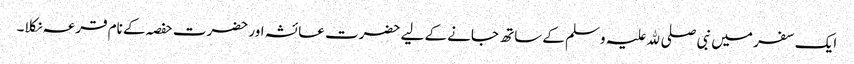
ایک سفر میں نبی صلی ﷲ علیہ وسلم کے ساتھ جانے کے لیے حضرت عائشہ اور حضرت حفصہ کے نام قرعہ نکلا۔